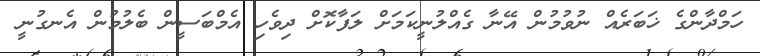
ހަމްދާންގެ ޚަބަރެއް ނުވުމުން އޭނާ ގެއްލުނީކަމަށް ލަފާކޮށް ދިވެހި އެމްބަސީން ބެލުމުން އެނގުނީ